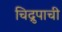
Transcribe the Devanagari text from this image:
चिद्रुपाची